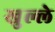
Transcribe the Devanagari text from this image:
खुल्ले